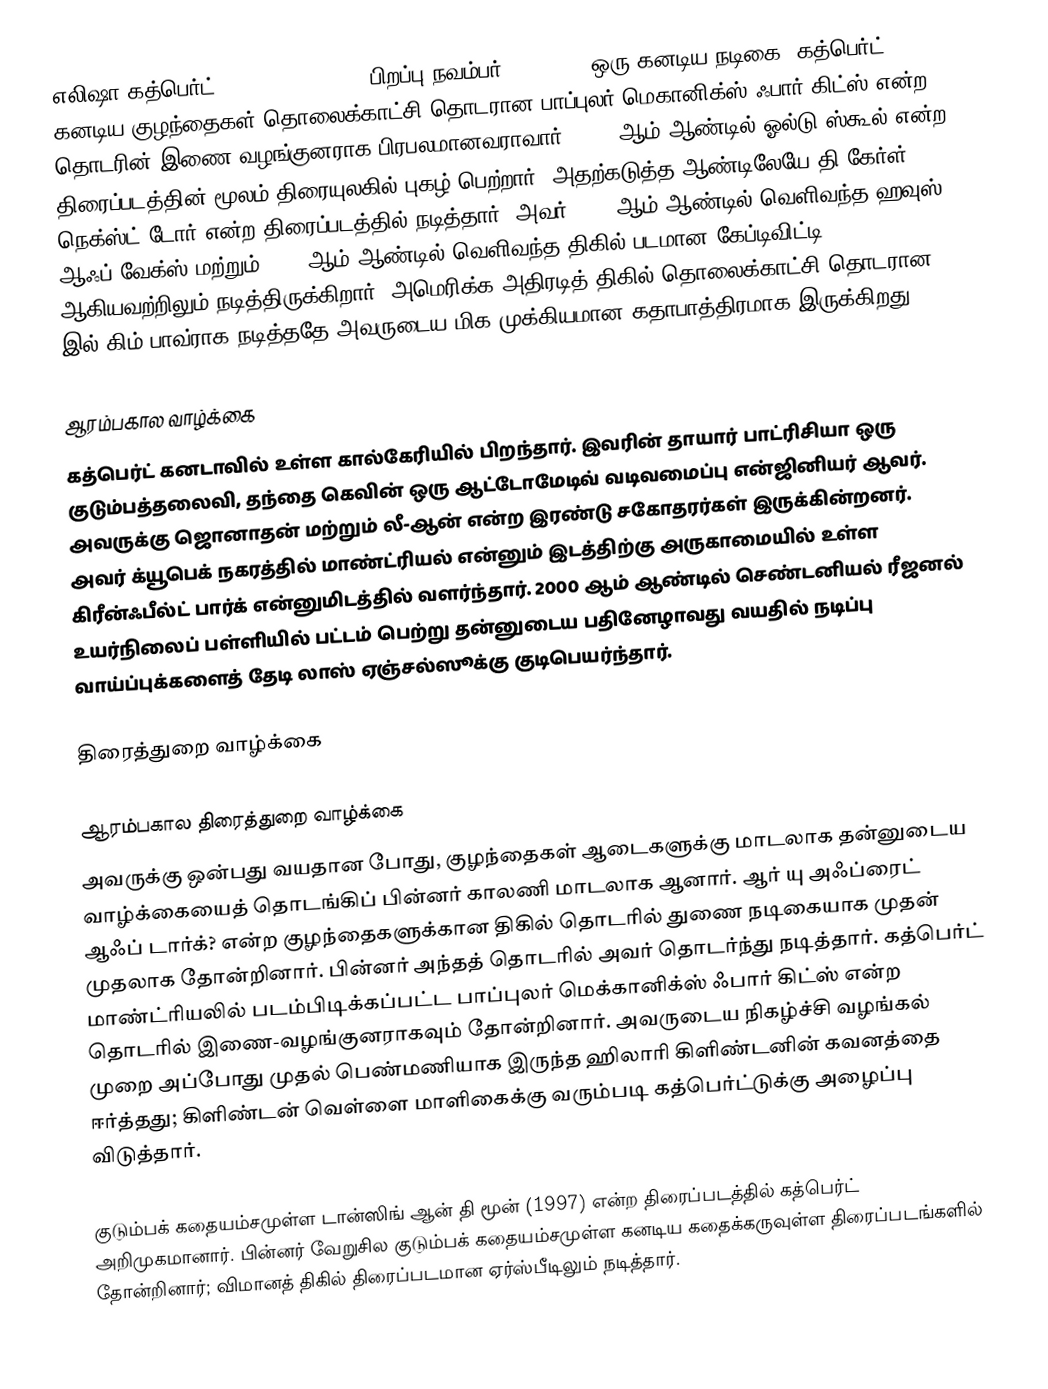
எலிஷா கத்பெர்ட் (Elisha Cuthbert, பிறப்பு நவம்பர் 30, 1982) ஒரு கனடிய நடிகை. கத்பெர்ட் கனடிய குழந்தைகள் தொலைக்காட்சி தொடரான பாப்புலர் மெகானிக்ஸ் ஃபார் கிட்ஸ் என்ற தொடரின் இணை-வழங்குனராக பிரபலமானவராவார். 2003 ஆம் ஆண்டில் ஓல்டு ஸ்கூல் என்ற திரைப்படத்தின் மூலம் திரையுலகில் புகழ் பெற்றார். அதற்கடுத்த ஆண்டிலேயே தி கேர்ள் நெக்ஸ்ட் டோர் என்ற திரைப்படத்தில் நடித்தார். அவர் 2005 ஆம் ஆண்டில் வெளிவந்த ஹவுஸ் ஆஃப் வேக்ஸ் மற்றும் 2007 ஆம் ஆண்டில் வெளிவந்த திகில் படமான கேப்டிவிட்டி ஆகியவற்றிலும் நடித்திருக்கிறார். அமெரிக்க அதிரடித் திகில் தொலைக்காட்சி தொடரான 24 இல் கிம் பாவ்ராக நடித்ததே அவருடைய மிக முக்கியமான கதாபாத்திரமாக இருக்கிறது.

ஆரம்பகால வாழ்க்கை
கத்பெர்ட் கனடாவில் உள்ள கால்கேரியில் பிறந்தார். இவரின் தாயார் பாட்ரிசியா ஒரு குடும்பத்தலைவி, தந்தை கெவின் ஒரு ஆட்டோமேடிவ் வடிவமைப்பு என்ஜினியர் ஆவர். அவருக்கு ஜொனாதன் மற்றும் லீ-ஆன் என்ற இரண்டு சகோதரர்கள் இருக்கின்றனர். அவர் க்யூபெக் நகரத்தில் மாண்ட்ரியல் என்னும் இடத்திற்கு அருகாமையில் உள்ள கிரீன்ஃபீல்ட் பார்க் என்னுமிடத்தில் வளர்ந்தார். 2000 ஆம் ஆண்டில் செண்டனியல் ரீஜனல் உயர்நிலைப் பள்ளியில் பட்டம் பெற்று தன்னுடைய பதினேழாவது வயதில் நடிப்பு வாய்ப்புக்களைத் தேடி லாஸ் ஏஞ்சல்ஸூக்கு குடிபெயர்ந்தார்.

திரைத்துறை வாழ்க்கை

ஆரம்பகால திரைத்துறை வாழ்க்கை
அவருக்கு ஒன்பது வயதான போது, குழந்தைகள் ஆடைகளுக்கு மாடலாக தன்னுடைய வாழ்க்கையைத் தொடங்கிப் பின்னர் காலணி மாடலாக ஆனார். ஆர் யு அஃப்ரைட் ஆஃப் டார்க்? என்ற குழந்தைகளுக்கான திகில் தொடரில் துணை நடிகையாக முதன் முதலாக தோன்றினார். பின்னர் அந்தத் தொடரில் அவர் தொடர்ந்து நடித்தார். கத்பெர்ட் மாண்ட்ரியலில் படம்பிடிக்கப்பட்ட பாப்புலர் மெக்கானிக்ஸ் ஃபார் கிட்ஸ் என்ற தொடரில் இணை-வழங்குனராகவும் தோன்றினார். அவருடைய நிகழ்ச்சி வழங்கல் முறை அப்போது முதல் பெண்மணியாக இருந்த ஹிலாரி கிளிண்டனின் கவனத்தை ஈர்த்தது; கிளிண்டன் வெள்ளை மாளிகைக்கு வரும்படி கத்பெர்ட்டுக்கு அழைப்பு விடுத்தார்.

குடும்பக் கதையம்சமுள்ள டான்ஸிங் ஆன் தி மூன் (1997) என்ற திரைப்படத்தில் கத்பெர்ட் அறிமுகமானார். பின்னர் வேறுசில குடும்பக் கதையம்சமுள்ள கனடிய கதைக்கருவுள்ள திரைப்படங்களில் தோன்றினார்; விமானத் திகில் திரைப்படமான ஏர்ஸ்பீடிலும் நடித்தார்.